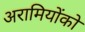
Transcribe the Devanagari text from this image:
अरामियोंको